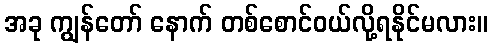
အခု ကျွန်တော် နောက် တစ်စောင်ဝယ်လို့ရနိုင်မလား။